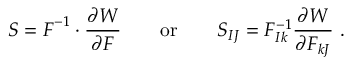
{ \boldsymbol { S } } = { \boldsymbol { F } } ^ { - 1 } \cdot { \frac { \partial W } { \partial { \boldsymbol { F } } } } \qquad { \mathrm { o r } } \qquad S _ { I J } = F _ { I k } ^ { - 1 } { \frac { \partial W } { \partial F _ { k J } } } ~ .